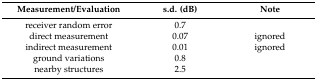
| Measurement/Evaluation | s.d. (dB) | Note |
 | --- | --- | --- |
 | receiver random error | 0.7 |  |
 | direct measurement | 0.07 | ignored |
 | indirect measurement | 0.01 | ignored |
 | ground variations | 0.8 |  |
 | nearby structures | 2.5 |  |